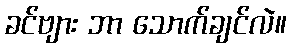
ခင်ဗျား ဘာ သောက်ချင်လဲ။